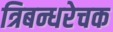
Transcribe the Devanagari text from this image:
त्रिबन्धरेचक